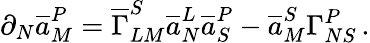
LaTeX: \partial_{N}\overline{{{a}}}_{M}^{P}=\overline{{{\Gamma}}}_{LM}^{S}\overline{{{a}}}_{N}^{L}\overline{{{a}}}_{S}^{P}-\overline{{{a}}}_{M}^{S}\Gamma_{NS}^{P}\, .